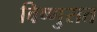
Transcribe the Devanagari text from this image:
विष्णुरात